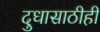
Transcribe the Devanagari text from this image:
दुधासाठीही